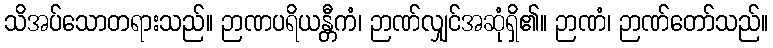
သိအပ်သောတရားသည်။ ဉာဏပရိယန္တီကံ၊ ဉာဏ်လျှင်အဆုံရှိ၏။ ဉာဏံ၊ ဉာဏ်တော်သည်။